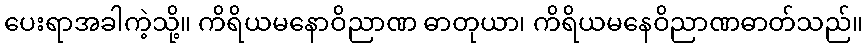
ပေးရာအခါကဲ့သို့။ ကိရိယမနောဝိညာဏ ဓာတုယာ၊ ကိရိယမနေဝိညာဏဓာတ်သည်။